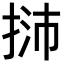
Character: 𢭿